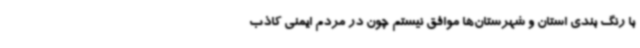
با رنگ بندی استان و شهرستان‌ها موافق نیستم چون در مردم ایمنی کاذب